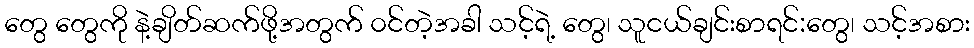
တွေ တွေကို နဲ့ချိတ်ဆက်ဖို့အတွက် ၀င်တဲ့အခါ သင့်ရဲ့ တွေ၊ သူငယ်ချင်းစာရင်:တွေ၊ သင့်အစား